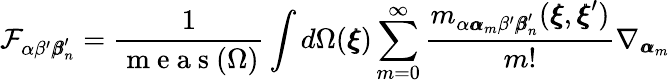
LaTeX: \mathcal{F}_{\alpha\beta^{\prime}{\pmb\beta}_{n}^{\prime}}=\frac{1}{\mathrm{~m~e~a~s~}({\Omega})}\int d\Omega({\pmb\xi})\sum_{m=0}^{\infty}\frac{m_{\alpha{\pmb\alpha}_{m}\beta^{\prime}{\pmb\beta}_{n}^{\prime}}({\pmb\xi},{\pmb\xi}^{\prime})}{m!}\nabla_{{\pmb\alpha}_{m}}